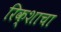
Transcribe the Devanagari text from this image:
रिक्शाचा